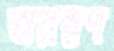
অরম্নণ